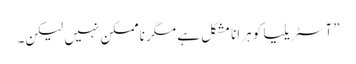
”آسٹریلیا کو ہرانا مشکل ہے مگر ناممکن نہیں لیکن۔